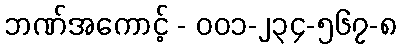
ဘဏ်အကောင့် - ၀၀၁-၂၃၄-၅၆၇-၈